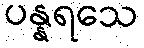
ပန္နရသေ